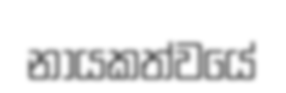
නායකත්වයේ